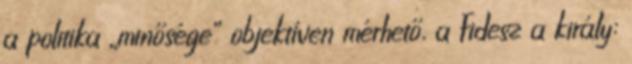
a politika „minősége” objektíven mérhető, a Fidesz a király: